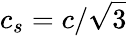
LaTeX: c_{s}=c/\sqrt{3}